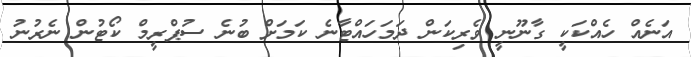
އަނެއް ހެއްކަކީ ގާނޫނީ ވެރިކަން ދަމަހައްޓާނެ ކަމަށް ބުނެ ސުޕްރީމް ކޯޓުން ނެރުނު